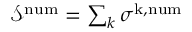
\begin{array} { r } { \mathcal { S } ^ { \mathrm { n u m } } = \sum _ { k } \sigma ^ { \mathrm { k , n u m } } } \end{array}